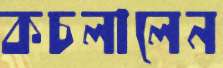
কচলালেন